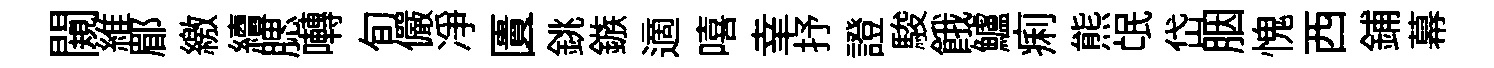
闚維郿繳續腮囀旬儼净匱銚鏃適嘻𦍒抒證駿餓鱸痢熊氓岱胭愧西鋪幕